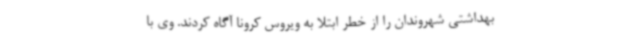
بهداشتی شهروندان را از خطر ابتلا به ویروس کرونا آگاه کردند. وی با